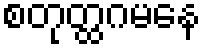
စတုတ္ထဂမနေ